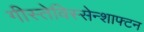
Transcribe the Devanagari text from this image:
गीस्तेविस्सेन्शाफ्टन